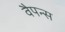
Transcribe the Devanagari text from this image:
वैपन्स